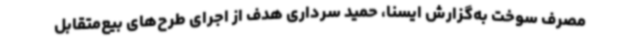
مصرف سوخت به‌گزارش ایسنا، حمید سرداری هدف از اجرای طرح‌های بیع‌متقابل